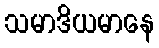
သမာဒိယမာနေ